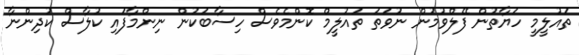
ތައުލީމީ ހަޔާތުން ފޭލްވުމުން ނުވަތަ ތައުލީމް ކޮންމެވެސް ހިސާބަކުން ނިންމާފައި ކުލާސް ކުދިންނާ